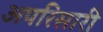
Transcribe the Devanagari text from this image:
अपरिसारी